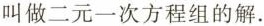
叫做二元一次方程组的解.